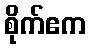
စိုက်ဧက